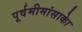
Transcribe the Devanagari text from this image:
पूर्वमीमांसाकाे